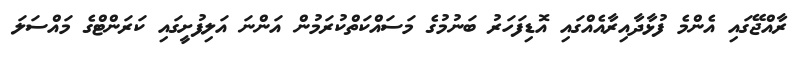
ރާއްޖޭގައި އެންމެ ފުޅާދާއިރާއެއްގައި އޮޑިފަހަރު ބަނުމުގެ މަސައްކަތްކުރަމުން އަންނަ އަލިފުށީގައި ކަރަންޓްގެ މައްސަލަ